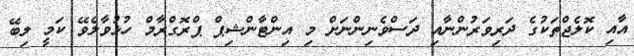
އާއި ކޮލެޖްތަކުގެ ދަރިވަރުންނާއި ދަސްވެނިންނަށް މި އިންޓާންޝިޕް ޕްރޮގްރާމް ހުޅުވާލެވޭ ކަމީ ލިބޭ